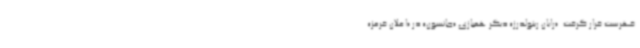
فهرست قرار گرفت. «رایان رینولدرز» دیگر همبازی «جانسون» در «اعلان قرمز»